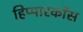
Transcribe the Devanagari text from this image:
हिप्पारकॉस